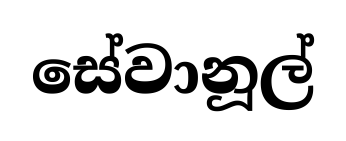
සේවානූල්